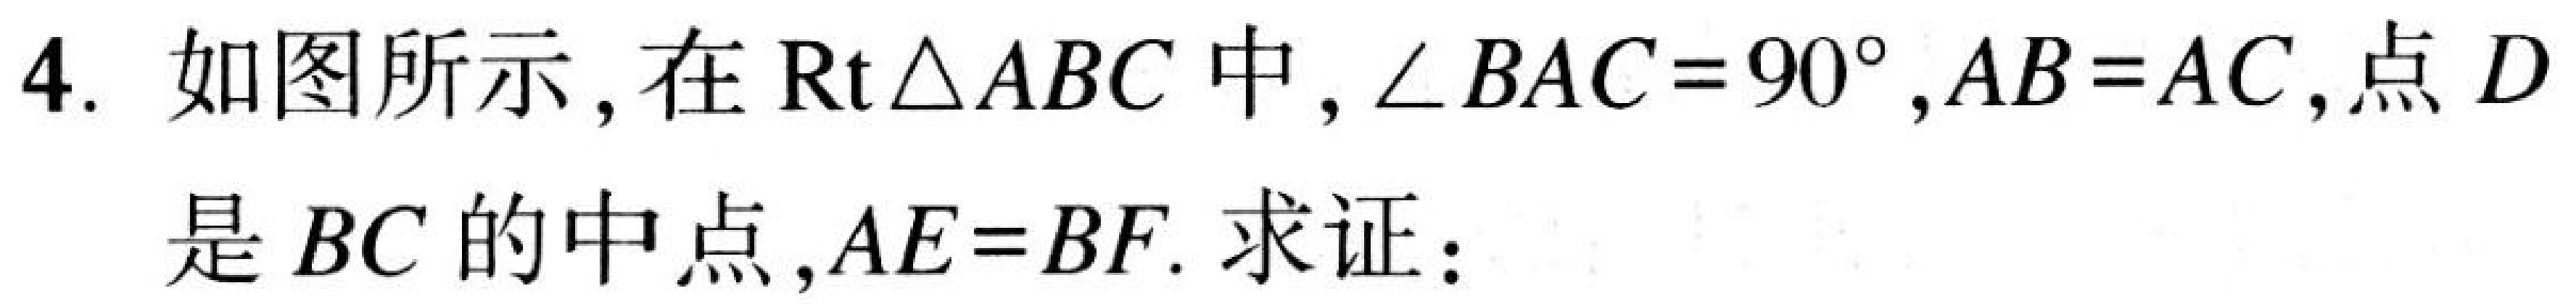
4. 如图所示,在\(\mathrm{Rt}\triangle ABC\)中,\(\angle BAC = 90^{\circ},AB = AC\),点\(D\)是\(BC\)的中点,\(AE = BF\). 求证：